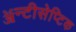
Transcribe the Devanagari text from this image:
ॲन्टीसेप्टिक